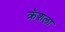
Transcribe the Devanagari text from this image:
क्रॅशला